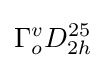
\Gamma _{o}^{v}D_{2h}^{25}